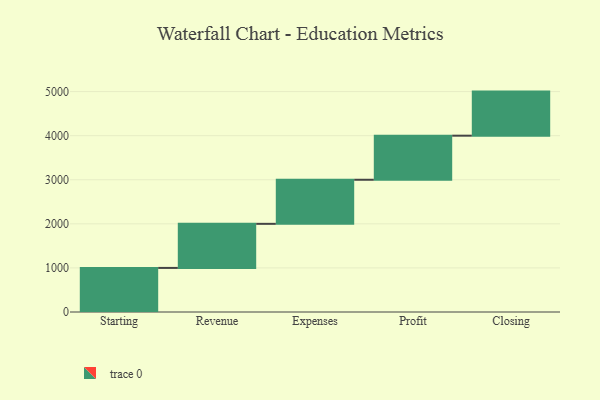
{"axis": {"x": "Step", "y": "Value"}, "legend": [""], "data": [{"x": "Starting", "y": 1000, "type": ""}, {"x": "Revenue", "y": 1000, "type": ""}, {"x": "Expenses", "y": 1000, "type": ""}, {"x": "Profit", "y": 1000, "type": ""}, {"x": "Closing", "y": 1000, "type": ""}]}